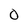
Character: O